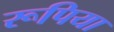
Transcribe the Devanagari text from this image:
रूपिया